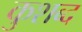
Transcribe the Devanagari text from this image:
कुशब्द